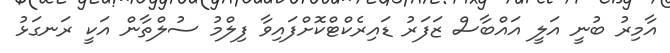
އާމިރު ބުނީ އަލީ އައްބާސް ޒަފަރު ޑައިރެކްޓްކޮށްފައިވާ ފިލްމު ސުލްތާން އަކީ ރަނގަޅު